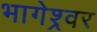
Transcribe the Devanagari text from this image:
भागेश्र्वर